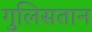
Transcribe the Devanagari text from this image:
गुलिसतान